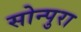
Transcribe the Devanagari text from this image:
सोन्पुरा